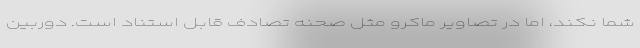
شما نکند، اما در تصاویر ماکرو مثل صحنه تصادف قابل استناد است. دوربین